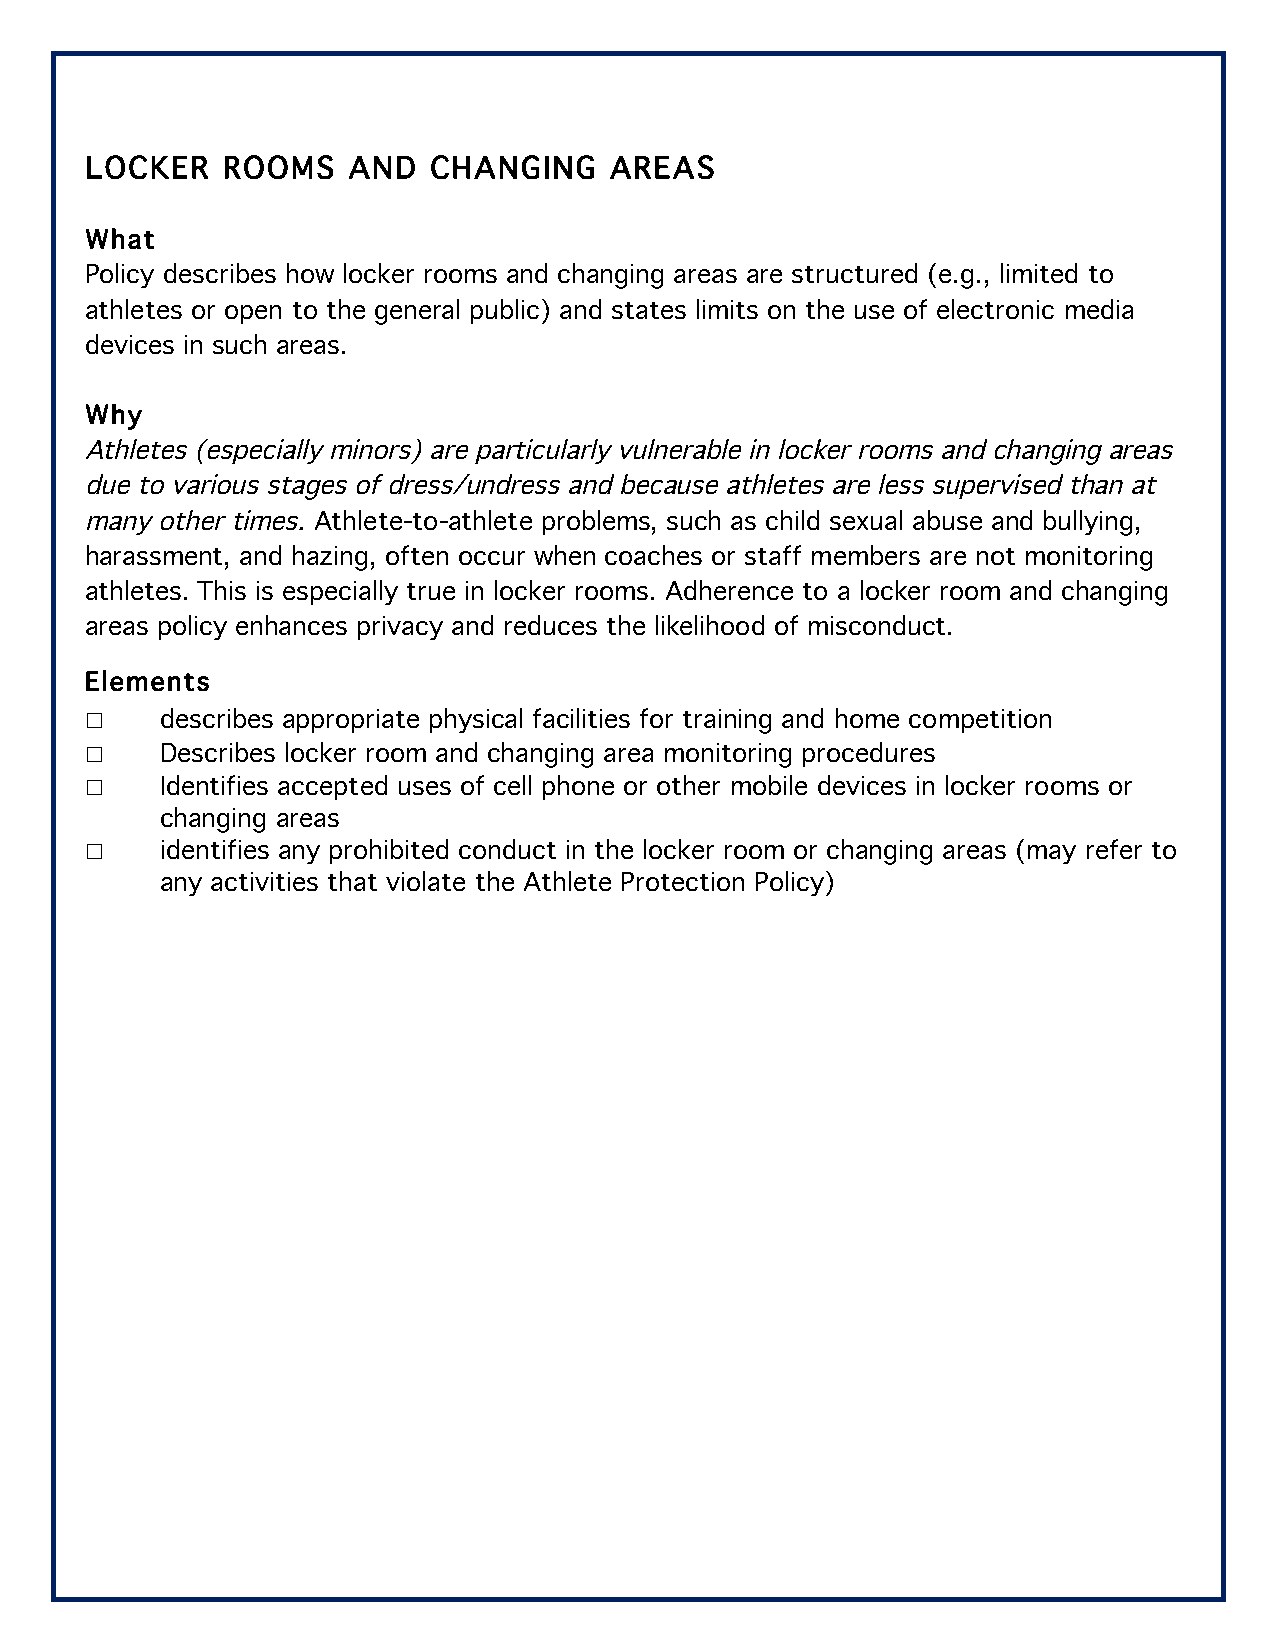
LOCKER   ROOMS   AND  CHANGING    AREAS
 What
 Policy describes how locker rooms and changing areas are structured (e.g., limited to
 athletes or open to the general public) and states limits on the use of electronic media
 devices in such areas.
 Why
 Athletes (especially minors) are particularly vulnerable in locker rooms and changing areas
 due to various stages of dress/undress and because athletes are less supervised than at
 many other times. Athlete-to-athlete problems, such as child sexual abuse and bullying,
 harassment, and hazing, often occur when coaches or staff members are not monitoring
 athletes. This is especially true in locker rooms. Adherence to a locker room and changing
 areas policy enhances privacy and reduces the likelihood of misconduct.
 Elements
 ☐    describes appropriate physical facilities for training and home competition
 ☐    Describes locker room and changing area monitoring procedures
 ☐    Identifies accepted uses of cell phone or other mobile devices in locker rooms or
 changing areas
 ☐    identifies any prohibited conduct in the locker room or changing areas (may refer to
 any activities that violate the Athlete Protection Policy)